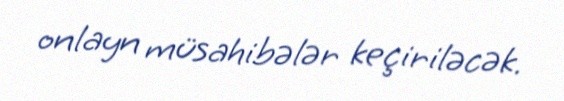
onlayn müsahibələr keçiriləcək.